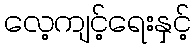
လေ့ကျင့်ရေးနှင့်